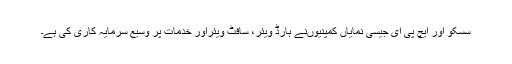
سسکو اور ایچ پی ای جیسی نمایاں کمپنیوںنے ہارڈ ویئر، سافٹ ویئراور خدمات پر وسیع سرمایہ کاری کی ہے۔